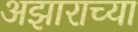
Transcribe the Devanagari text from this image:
अझाराच्या